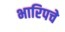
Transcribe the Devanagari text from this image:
भारिपचे